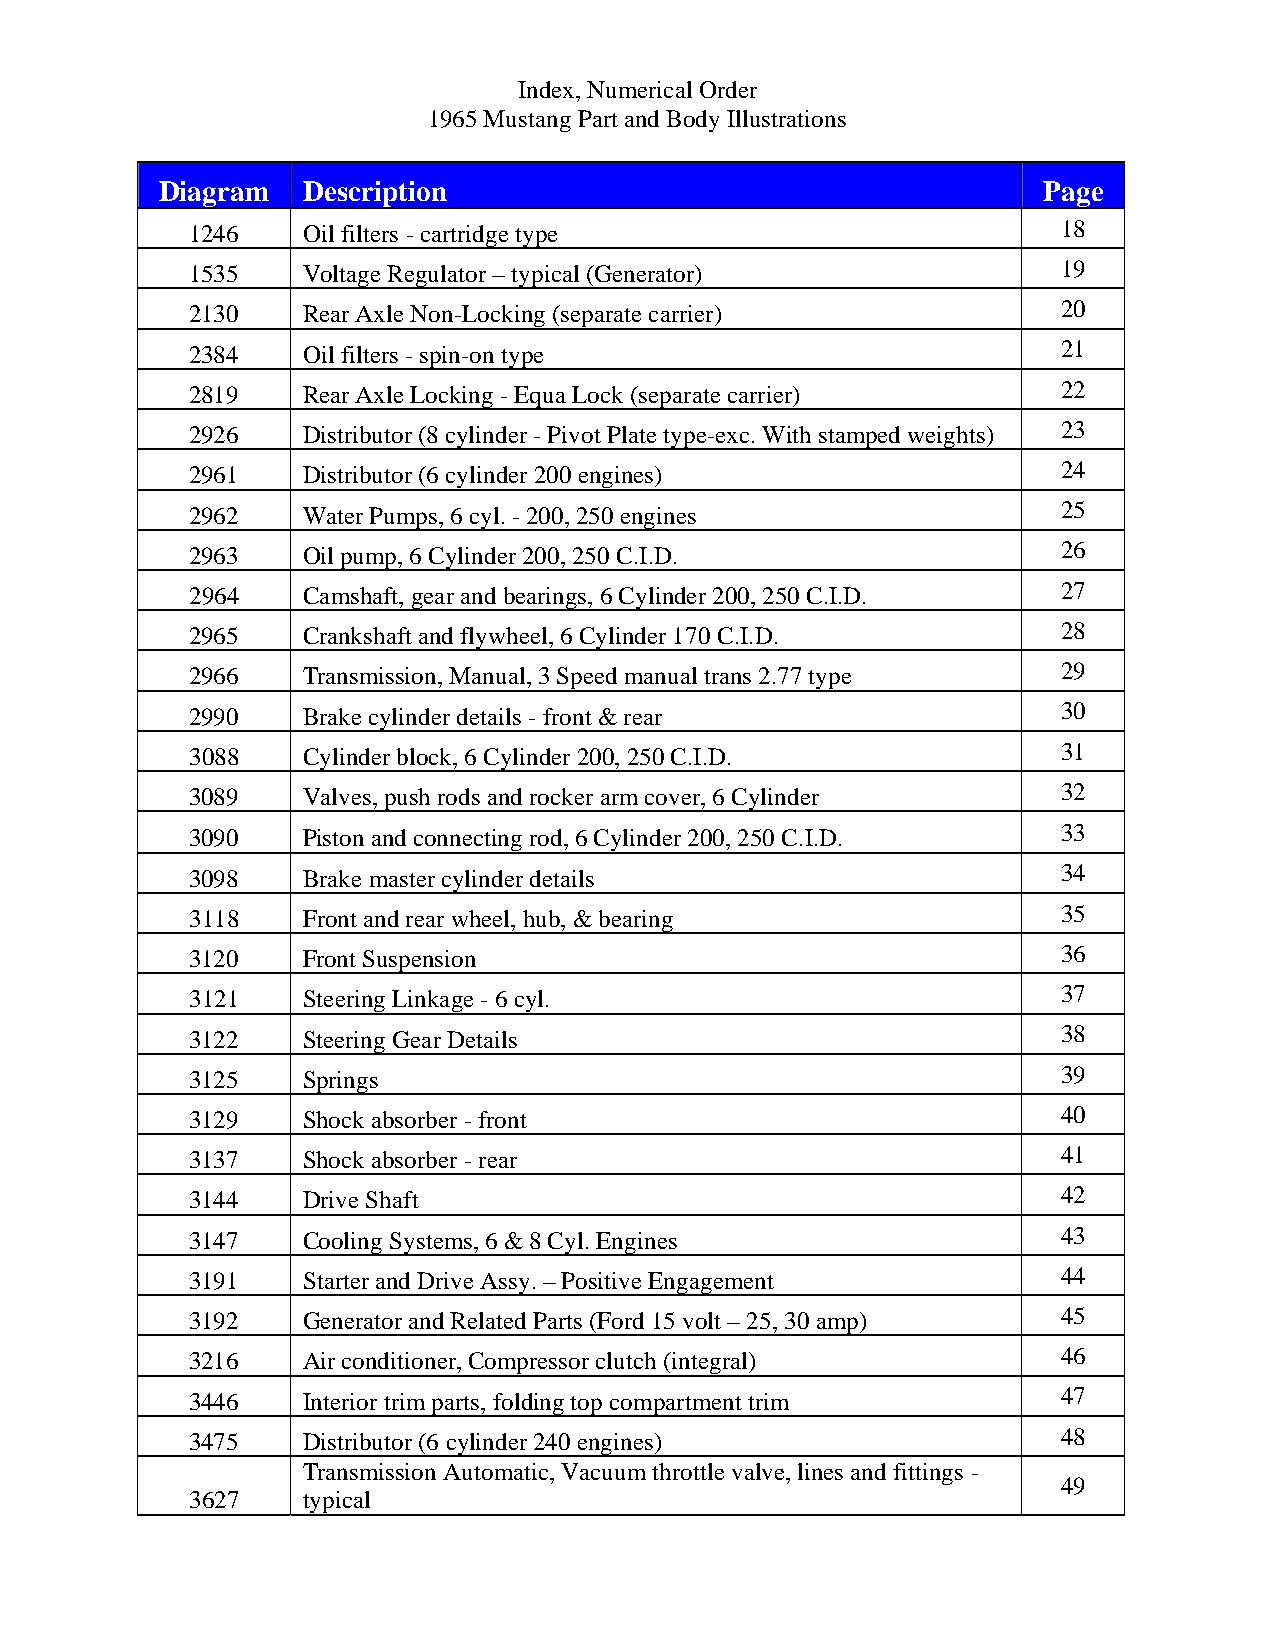
Index, Numerical Order
 1965 Mustang Part and Body Illustrations
 Diagram  Description                                      Page
 1246   Oil filters - cartridge type                      18
 1535   Voltage Regulator – typical (Generator)           19
 2130   Rear Axle Non-Locking (separate carrier)          20
 2384   Oil filters - spin-on type                        21
 2819   Rear Axle Locking - Equa Lock (separate carrier)  22
 2926   Distributor (8 cylinder - Pivot Plate type-exc. With stamped weights) 23
 2961   Distributor (6 cylinder 200 engines)              24
 2962   Water Pumps, 6 cyl. - 200, 250 engines            25
 2963   Oil pump, 6 Cylinder 200, 250 C.I.D.              26
 2964   Camshaft, gear and bearings, 6 Cylinder 200, 250 C.I.D. 27
 2965   Crankshaft and flywheel, 6 Cylinder 170 C.I.D.    28
 2966   Transmission, Manual, 3 Speed manual trans 2.77 type 29
 2990   Brake cylinder details - front & rear             30
 3088   Cylinder block, 6 Cylinder 200, 250 C.I.D.        31
 3089   Valves, push rods and rocker arm cover, 6 Cylinder 32
 3090   Piston and connecting rod, 6 Cylinder 200, 250 C.I.D. 33
 3098   Brake master cylinder details                     34
 3118   Front and rear wheel, hub, & bearing              35
 3120   Front Suspension                                  36
 3121   Steering Linkage - 6 cyl.                         37
 3122   Steering Gear Details                             38
 3125   Springs                                           39
 3129   Shock absorber - front                            40
 3137   Shock absorber - rear                             41
 3144   Drive Shaft                                       42
 3147   Cooling Systems, 6 & 8 Cyl. Engines               43
 3191   Starter and Drive Assy. – Positive Engagement     44
 3192   Generator and Related Parts (Ford 15 volt – 25, 30 amp) 45
 3216   Air conditioner, Compressor clutch (integral)     46
 3446   Interior trim parts, folding top compartment trim 47
 3475   Distributor (6 cylinder 240 engines)              48
 Transmission Automatic, Vacuum throttle valve, lines and fittings -
 49
 3627   typical